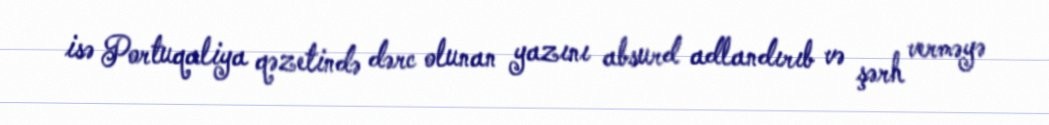
isə Portuqaliya qəzetində dərc olunan yazını absurd adlandırıb və şərh verməyə